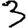
Digit: 3